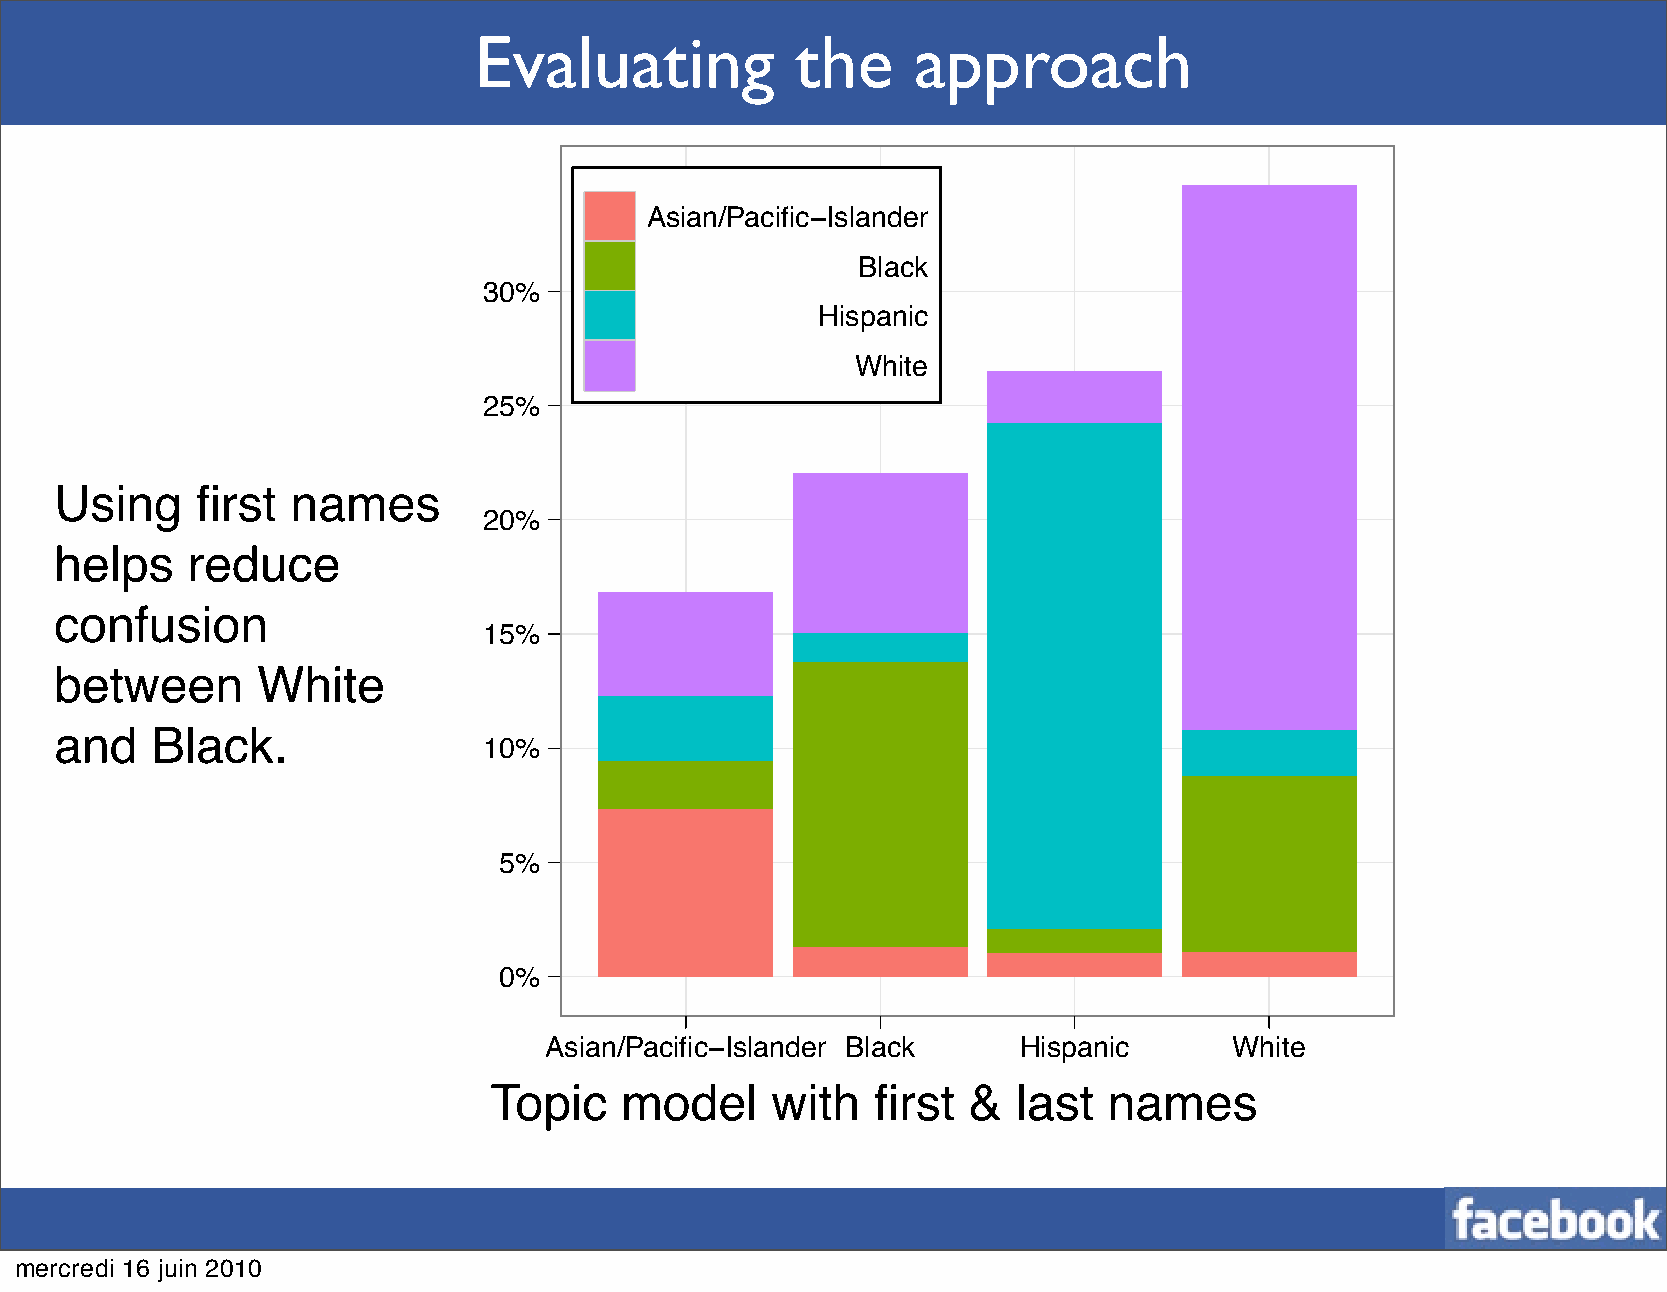
Evaluating            the     approach
 Asian/Pacific−Islander
 Black
 30%
 Hispanic
 White
 25%
 Using    first names
 20%
 helps   reduce
 confusion
 15%
 between      White
 and   Black.
 10%
 5%
 0%
 Asian/Pacific−Islander Black    Hispanic      White
 Human   judgment
 Topic    model     with   first &  last  names
 mercredi 16 juin 2010
 factor(variable, levels = ordered.races)